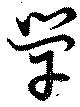
單